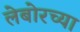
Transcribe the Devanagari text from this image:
लेबोरच्या